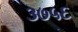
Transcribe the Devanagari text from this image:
३७५६